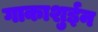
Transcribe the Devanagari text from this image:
गाकाशुईन